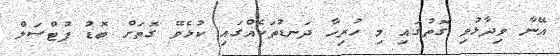
އޭނާ ވިދާޅުވި ގޮތުގައި މި ހުރިހާ ދަނޑުތަކެއްގައި ކުޅެވޭ ގޮތަށް ބޮޑު ފުޓްސަލް